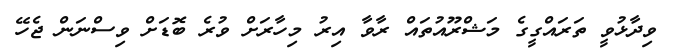
ވިދާޅުވީ ތަރައްގީގެ މަޝްރޫއުތައް ރާވާ އިރު މިހާރަށް ވުރެ ބޮޑަށް ވިސްނަން ޖެހޭ